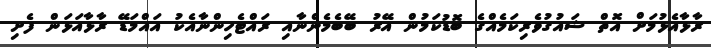
ރާޅާއެޅުމަށް އޮތް ޝައުގުވެރިކަމެއްގެ ބޮޑުކަމުން އޭރު ބޭބެމެންނާއި ރައްޓެހިންނާއެކު އައްމަޑޭ ރާޅާއަޅަން ފެށި